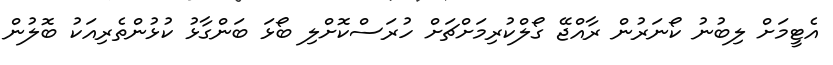
އެޓީމަށް ލިބުނު ކޯނަރުން ރާއްޖޭ ގޯލްކުރިމަށްޗަށް ހުރަސްކޮށްލި ބޯޅަ ބަންގާޅު ކުޅުންތެރިއަކު ބޮލުން